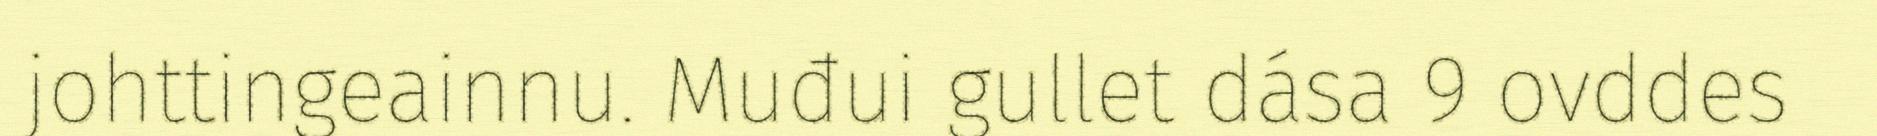
johttingeainnu. Muđui gullet dása 9 ovddes